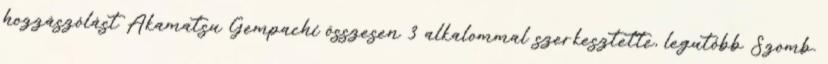
hozzászólást Akamatsu Gempachi összesen 3 alkalommal szerkesztette, legutóbb Szomb.